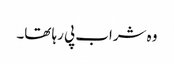
وہ شراب پی رہا تھا۔